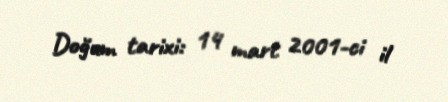
Doğum tarixi: 14 mart 2001-ci il